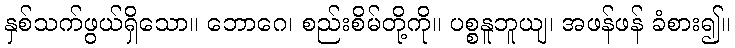
နှစ်သက်ဖွယ်ရှိသော။ ဘောဂေ၊ စည်းစိမ်တို့ကို။ ပစ္စနူဘူယျ၊ အဖန်ဖန် ခံစား၍။